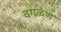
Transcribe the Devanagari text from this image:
वगळण